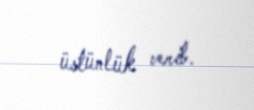
üstünlük verib.